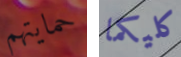
حمايتهم كليكما